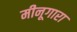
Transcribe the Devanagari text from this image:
मीनूगारा